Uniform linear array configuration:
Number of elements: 32
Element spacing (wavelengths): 0.25
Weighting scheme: hann
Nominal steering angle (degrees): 0
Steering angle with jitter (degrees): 1.059
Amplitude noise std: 0.05
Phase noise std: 0.05

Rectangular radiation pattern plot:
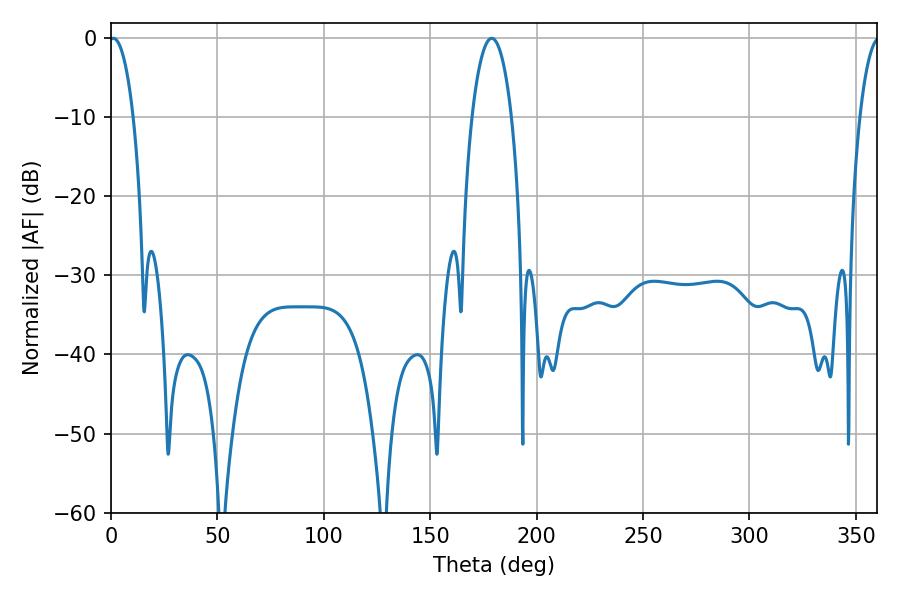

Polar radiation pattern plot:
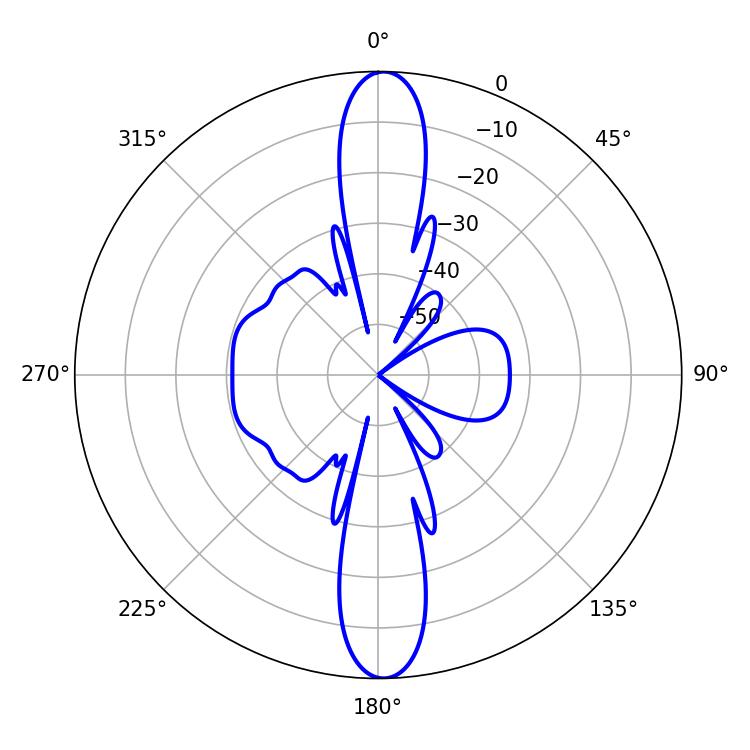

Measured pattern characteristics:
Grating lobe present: FALSE
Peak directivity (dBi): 24.627
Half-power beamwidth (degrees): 6.3
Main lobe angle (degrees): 1.08